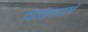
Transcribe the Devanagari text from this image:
रिवॉल्वरमें